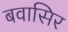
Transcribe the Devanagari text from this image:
बवासिर